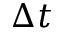
\Delta t